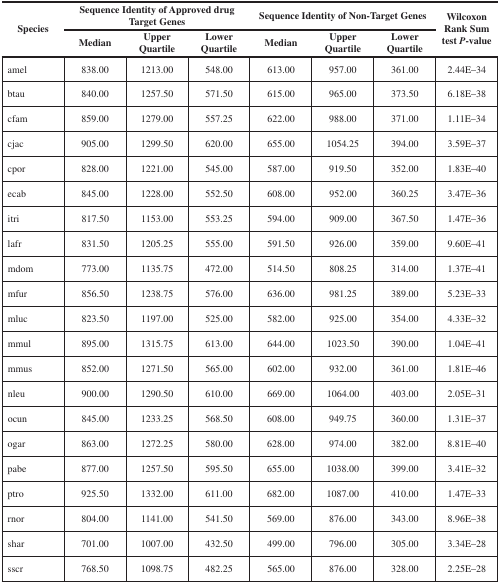
<table><thead><tr><td rowspan="2"><b>Species</b></td><td colspan="3"><b>Sequence Identity of Approved drug Target Genes</b></td><td colspan="3"><b>Sequence Identity of Non-Target Genes</b></td><td rowspan="2"><b>Wilcoxon Rank Sum test <i>P</i>-value</b></td></tr><tr><td><b>Median</b></td><td><b>Upper Quartile</b></td><td><b>Lower Quartile</b></td><td><b>Median</b></td><td><b>Upper Quartile</b></td><td><b>Lower Quartile</b></td></tr></thead><tbody><tr><td>amel</td><td>838.00</td><td>1213.00</td><td>548.00</td><td>613.00</td><td>957.00</td><td>361.00</td><td>2.44E–34</td></tr><tr><td>btau</td><td>840.00</td><td>1257.50</td><td>571.50</td><td>615.00</td><td>965.00</td><td>373.50</td><td>6.18E–38</td></tr><tr><td>cfam</td><td>859.00</td><td>1279.00</td><td>557.25</td><td>622.00</td><td>988.00</td><td>371.00</td><td>1.11E–34</td></tr><tr><td>cjac</td><td>905.00</td><td>1299.50</td><td>620.00</td><td>655.00</td><td>1054.25</td><td>394.00</td><td>3.59E–37</td></tr><tr><td>cpor</td><td>828.00</td><td>1221.00</td><td>545.00</td><td>587.00</td><td>919.50</td><td>352.00</td><td>1.83E–40</td></tr><tr><td>ecab</td><td>845.00</td><td>1228.00</td><td>552.50</td><td>608.00</td><td>952.00</td><td>360.25</td><td>3.47E–36</td></tr><tr><td>itri</td><td>817.50</td><td>1153.00</td><td>553.25</td><td>594.00</td><td>909.00</td><td>367.50</td><td>1.47E–36</td></tr><tr><td>lafr</td><td>831.50</td><td>1205.25</td><td>555.00</td><td>591.50</td><td>926.00</td><td>359.00</td><td>9.60E–41</td></tr><tr><td>mdom</td><td>773.00</td><td>1135.75</td><td>472.00</td><td>514.50</td><td>808.25</td><td>314.00</td><td>1.37E–41</td></tr><tr><td>mfur</td><td>856.50</td><td>1238.75</td><td>576.00</td><td>636.00</td><td>981.25</td><td>389.00</td><td>5.23E–33</td></tr><tr><td>mluc</td><td>823.50</td><td>1197.00</td><td>525.00</td><td>582.00</td><td>925.00</td><td>354.00</td><td>4.33E–32</td></tr><tr><td>mmul</td><td>895.00</td><td>1315.75</td><td>613.00</td><td>644.00</td><td>1023.50</td><td>390.00</td><td>1.04E–41</td></tr><tr><td>mmus</td><td>852.00</td><td>1271.50</td><td>565.00</td><td>602.00</td><td>932.00</td><td>361.00</td><td>1.81E–46</td></tr><tr><td>nleu</td><td>900.00</td><td>1290.50</td><td>610.00</td><td>669.00</td><td>1064.00</td><td>403.00</td><td>2.05E–31</td></tr><tr><td>ocun</td><td>845.00</td><td>1233.25</td><td>568.50</td><td>608.00</td><td>949.75</td><td>360.00</td><td>1.31E–37</td></tr><tr><td>ogar</td><td>863.00</td><td>1272.25</td><td>580.00</td><td>628.00</td><td>974.00</td><td>382.00</td><td>8.81E–40</td></tr><tr><td>pabe</td><td>877.00</td><td>1257.50</td><td>595.50</td><td>655.00</td><td>1038.00</td><td>399.00</td><td>3.41E–32</td></tr><tr><td>ptro</td><td>925.50</td><td>1332.00</td><td>611.00</td><td>682.00</td><td>1087.00</td><td>410.00</td><td>1.47E–33</td></tr><tr><td>rnor</td><td>804.00</td><td>1141.00</td><td>541.50</td><td>569.00</td><td>876.00</td><td>343.00</td><td>8.96E–38</td></tr><tr><td>shar</td><td>701.00</td><td>1007.00</td><td>432.50</td><td>499.00</td><td>796.00</td><td>305.00</td><td>3.34E–28</td></tr><tr><td>sscr</td><td>768.50</td><td>1098.75</td><td>482.25</td><td>565.00</td><td>876.00</td><td>328.00</td><td>2.25E–28</td></tr></tbody></table>